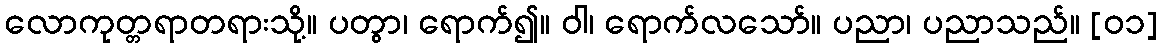
လောကုတ္တရာတရားသို့။ ပတွာ၊ ရောက်၍။ ဝါ၊ ရောက်လသော်။ ပညာ၊ ပညာသည်။ [၀၁]